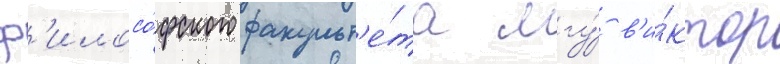
ф'илосо́фского факульт'е́та мгу́ в'и́ктор